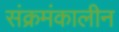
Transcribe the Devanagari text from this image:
संक्रमंकालीन